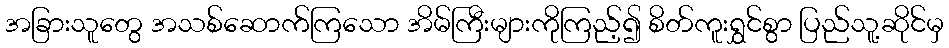
အခြားသူတွေ အသစ်ဆောက်ကြသော အိမ်ကြီးများကိုကြည့်၍ စိတ်ကူးရွှင်စွာ ပြည်သူ့ဆိုင်မှ